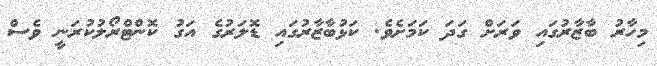
މިހާރު ބާޒާރުގައި ވަރަށް ގަދަ ކަމަށެވެ. ކަޅުބާޒާރުގައި ޑޮލަރުގެ އަގު ކޮންޓްރޯލުކުރަނީ ވެސް